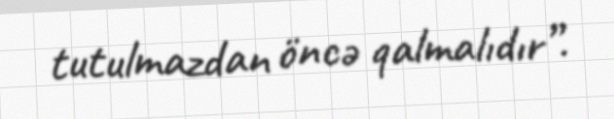
tutulmazdan öncə qalmalıdır”.